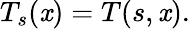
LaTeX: T_{s}(\mathit{x})=T(s,\mathit{x}).